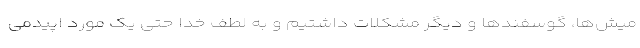
میش‌ها، گوسفندها و دیگر مشکلات داشتیم و به لطف خدا حتی یک مورد اپیدمی